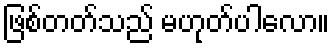
ဖြစ်တတ်သည် မဟုတ်ပါလော။